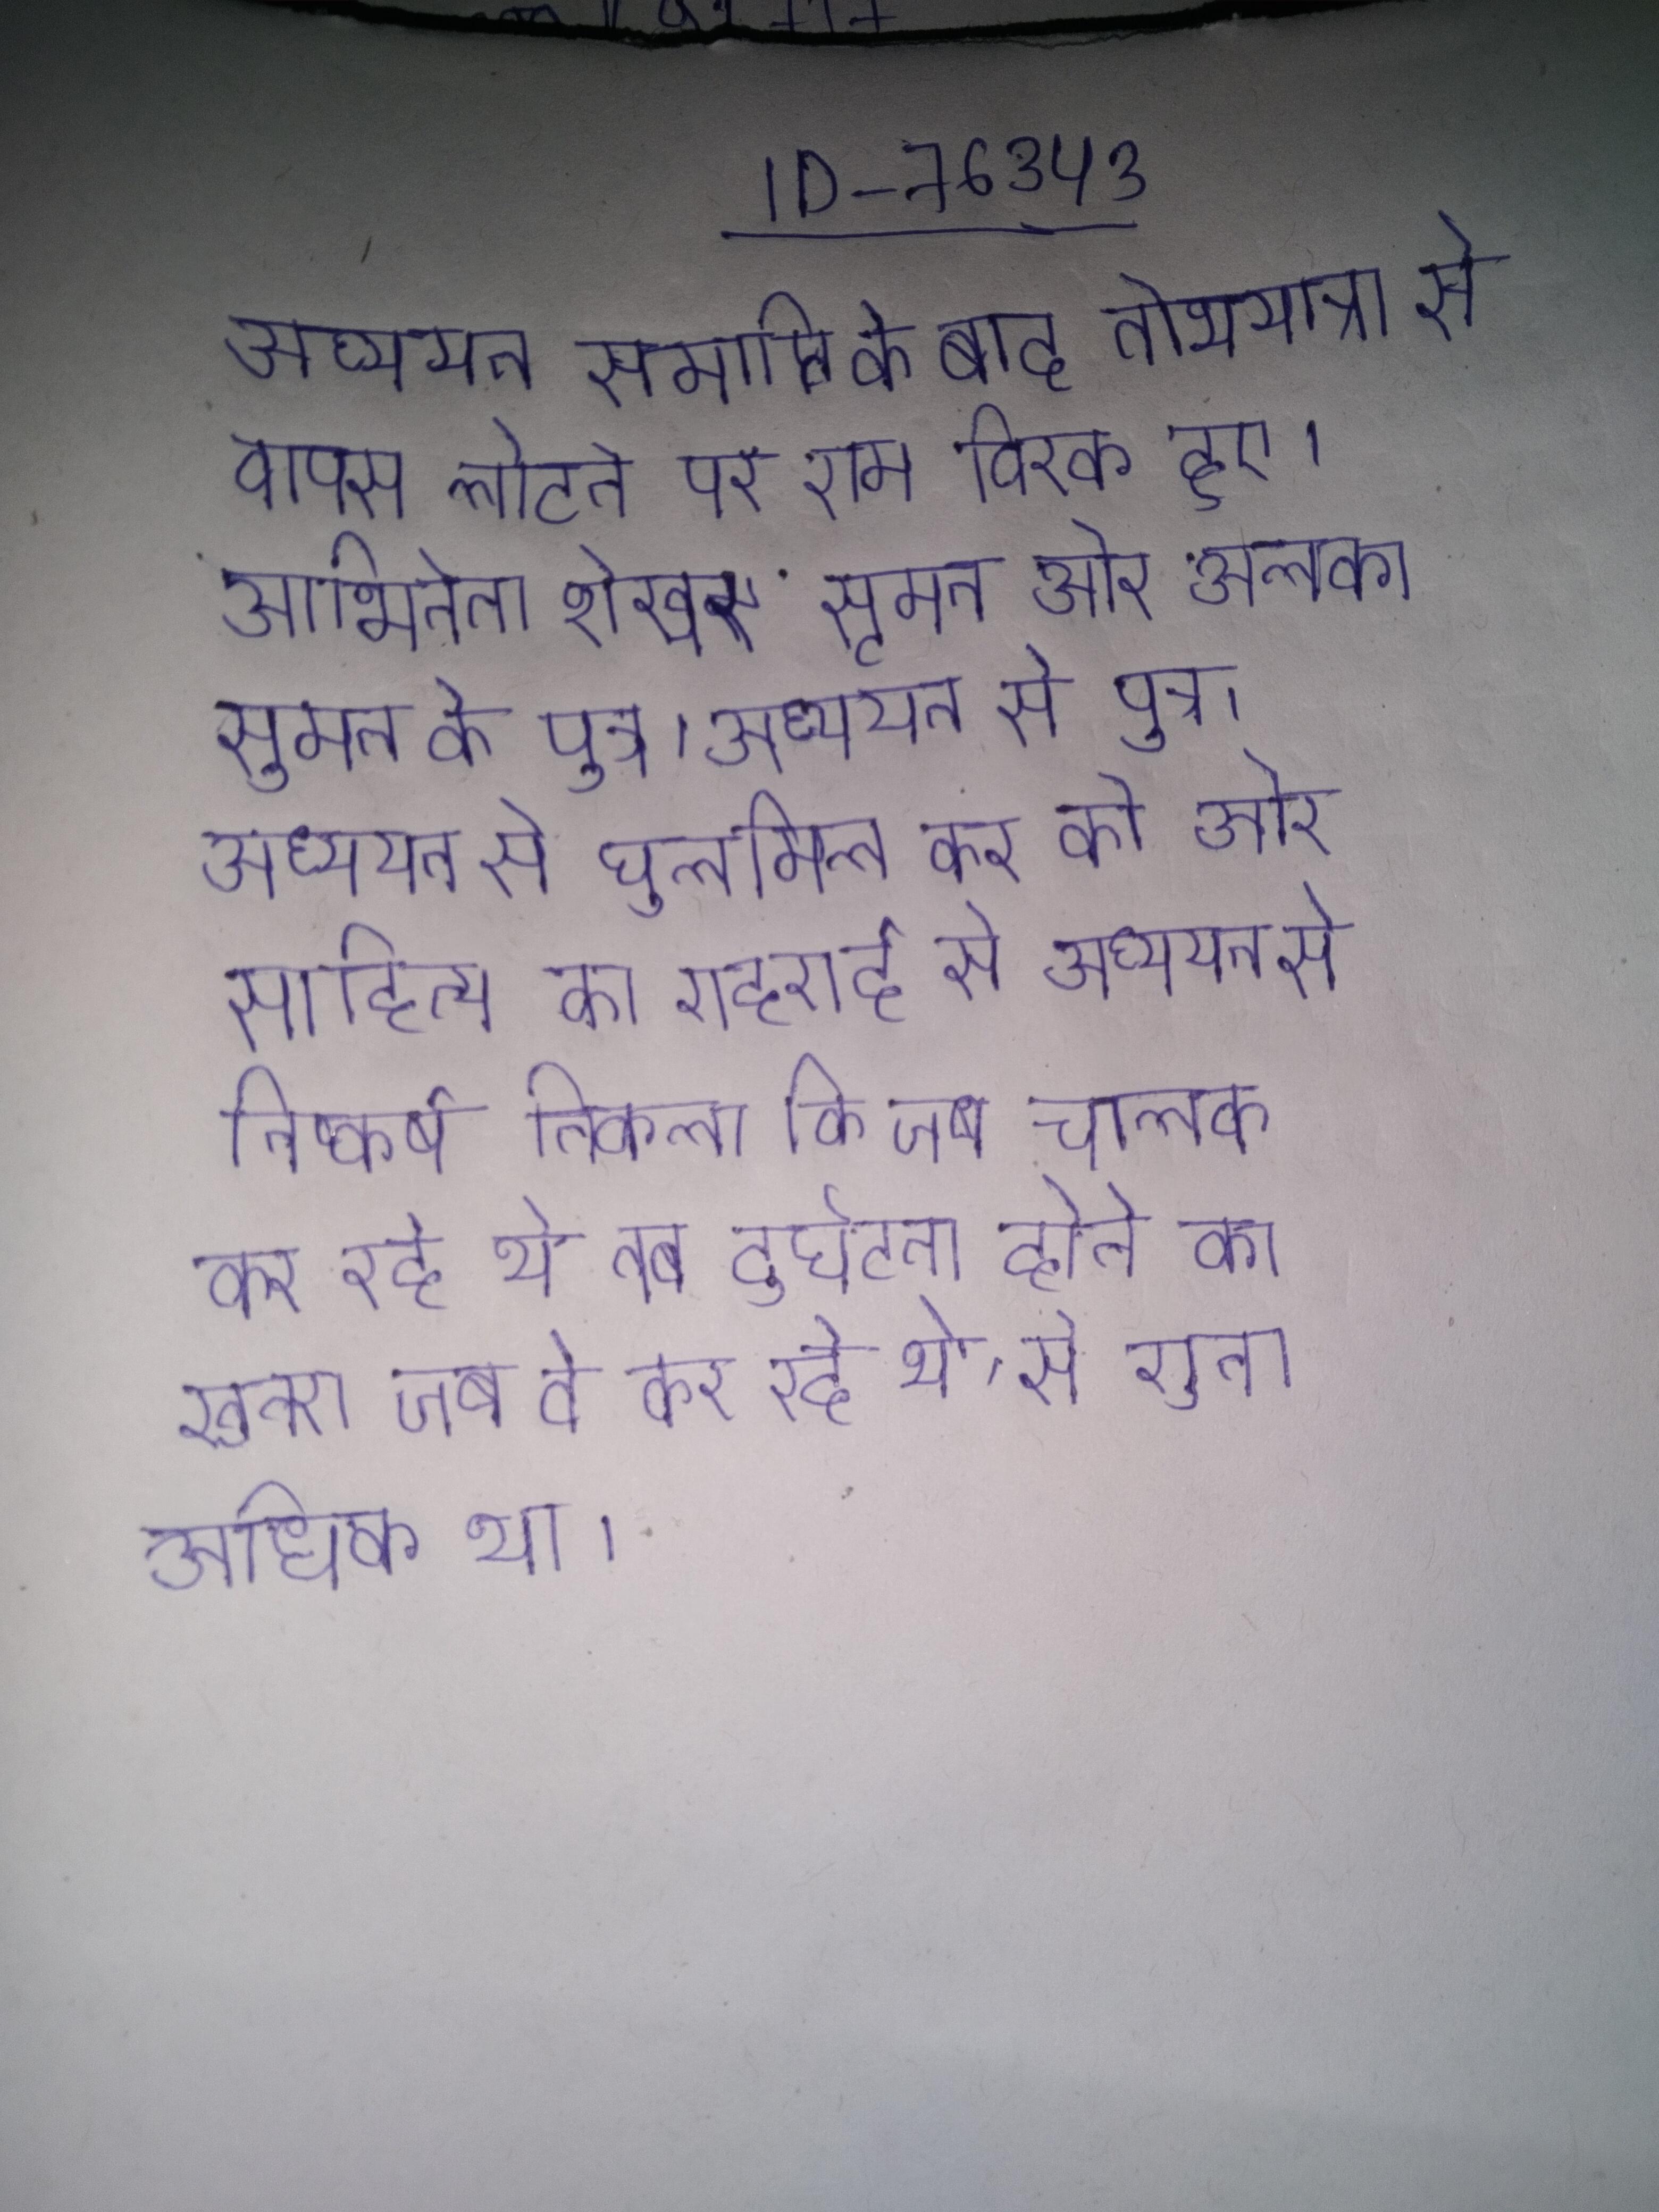
अध्ययन समाप्ति के बाद तीर्थयात्रा से वापस लौटने पर राम विरक्त हुए । अध्ययन सुमन अभिनेता शेखर सुमन और अलका सुमन के पुत्र । अध्ययन से घुलमिल कर की और साहित्य का गहराई से अध्ययन किया । अध्ययन से निष्कर्ष निकला कि जब चालक कर रहे थे, तब दुर्घटना होने का खतरा, जब वे कर रहे थे, से गुना अधिक था ।